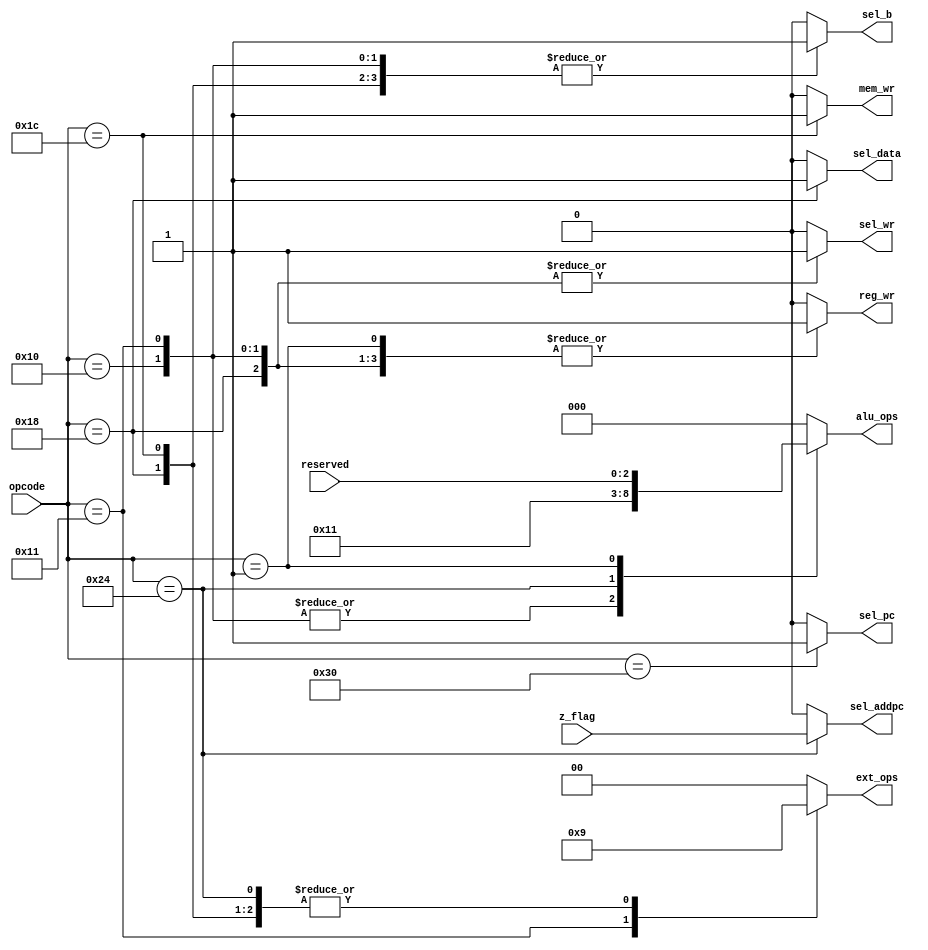
`timescale 1ns / 1ps
//-------------------------------------------------------
// Title        : Control Unit.
// Library      : nanoLADA
// Purpose      : Computer Architecture, Design and Verfication
// Developers   : Krerk Piromsopa, Ph. D.
//              : Chulalongkorn University.

module control(	
	output reg sel_pc,
    output reg sel_addpc,
    output reg sel_wr,
    output reg sel_b,
    output reg sel_data,
    output reg reg_wr,
    output reg mem_wr,
    output reg [1:0] ext_ops,
    output reg [2:0] alu_ops,
    input [5:0] opcode,
    input [2:0] reserved, 
    input z_flag
	);

    localparam ORI  =6'b010000;
    localparam ORUI =6'b010001;
    localparam ALU  =6'b000001;
    localparam LW   =6'b011000;
    localparam SW   =6'b011100;
    localparam BEQ  =6'b100100;
    localparam JMP  =6'b110000;
    
    // sel_pc
    always @(opcode) begin
        case (opcode)
            JMP : sel_pc=1;
            default : sel_pc=0;
        endcase
    end
    
    // sel_addpc
    always @(opcode or z_flag) begin
        case (opcode)
            BEQ : sel_addpc=z_flag;
            default : sel_addpc=0;
        endcase
    end
    
    // sel_wr
    always @(opcode) begin
        case (opcode)
            ORI : sel_wr=1;
            ORUI : sel_wr=1;
            LW : sel_wr=1;
            default : sel_wr=0;
        endcase
    end
    
    // sel_b
    always @(opcode) begin
        case (opcode)
            ORI : sel_b=1;
            ORUI : sel_b=1;
            LW : sel_b=1;
            SW : sel_b=1;
            default : sel_b=0;
        endcase
    end
    
    // sel_data
    always @(opcode) begin
        case (opcode)
            LW : sel_data=1;
            default : sel_data=0;
        endcase
    end
    
    // reg_wr
    always @(opcode) begin
        case (opcode)
            ORI : reg_wr=1;
            ORUI : reg_wr=1;
            ALU : reg_wr=1;
            LW : reg_wr=1;
            default : reg_wr=0;
        endcase
    end
    
    // mem_wr
    always @(opcode) begin
        case (opcode)
            SW : mem_wr=1;
            default : mem_wr=0;
        endcase
    end
    
    // ext_ops
    always @(opcode) begin
        case (opcode)
            ORUI : ext_ops=2'b10;
            LW : ext_ops=2'b01;
            SW : ext_ops=2'b01;
            BEQ : ext_ops=2'b01;
            default : ext_ops=2'b00;
        endcase
    end
    
    // alu_ops
    always @(opcode||reserved) begin
        case (opcode)
            ORI : alu_ops=3'b010;
            ORUI : alu_ops=3'b010;
            BEQ : alu_ops=3'b001;
            ALU : alu_ops=reserved;
            default : alu_ops=3'b000;
        endcase
    end

endmodule